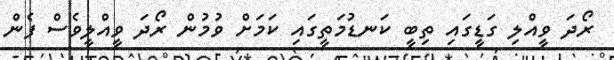
ރޯދަ ވީއްލި ގަޑީގައި ތިބީ ކަނޑުމަތީގައި ކަމަށް ވުމުން ރޯދަ ވީއްލީވެސް ފެން